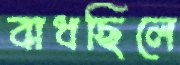
বাধছিলে